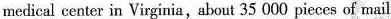
medical center in Virginia, about 35 000 pieces of mail